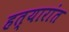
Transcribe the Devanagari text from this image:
हत्यारांत